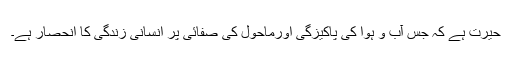
حیرت ہے کہ جس آب و ہوا کی پاکیزگی اورماحول کی صفائی پر انسانی زندگی کا انحصار ہے۔